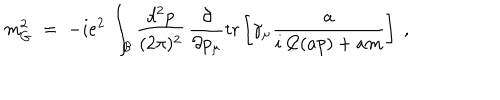
LaTeX: m _ { G } ^ { 2 } \; = \; - i e ^ { 2 } \, \int _ { \mathcal B } \frac { d ^ { 2 } p } { ( 2 \pi ) ^ { 2 } } \, \frac { \partial } { \partial p _ { \mu } } \mathrm { t r } \left[ \gamma _ { \mu } \frac { a } { i \not \! \! C ( a p ) + a m } \right] \; ,